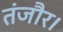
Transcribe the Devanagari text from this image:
तंजौर।